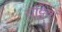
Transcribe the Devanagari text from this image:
चट्टियां